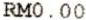
RM0.00